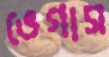
ভেগাস